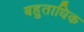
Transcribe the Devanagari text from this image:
बहुताधिक